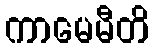
ကာမေမီတိ